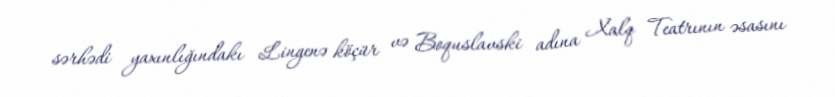
sərhədi yaxınlığındakı Lingenə köçür və Boquslavski adına Xalq Teatrının əsasını